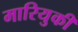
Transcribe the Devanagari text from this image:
मारियुकी